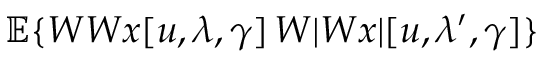
{ \mathbb E } \{ W W x [ u , \lambda , \gamma ] \, W | W x | [ u , \lambda ^ { \prime } , \gamma ] \}